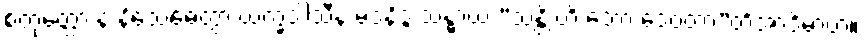
စတုတ္ထော နံ နိသေဓေတွာ ယက္ခဒါသီနံ မဒနိဒ္ဒံ သန္ဓာယ “သန္တိ ဟိ ဘော ဒေဝတာ”တိအာဒိမာဟ။